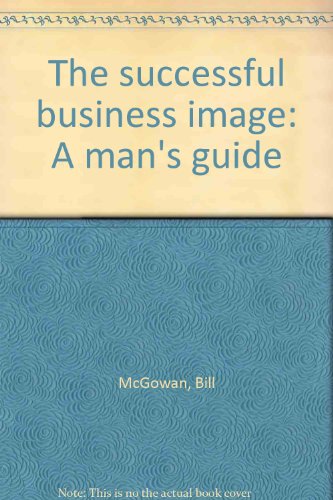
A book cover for The successful business image: A man's guide; Bill McGowan; Business & Money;